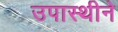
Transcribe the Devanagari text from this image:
उपास्थीने